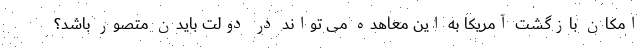
امکان بازگشت آمریکا به این معاهده می تواند در دولت بایدن متصور باشد؟